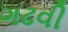
ગઢવી